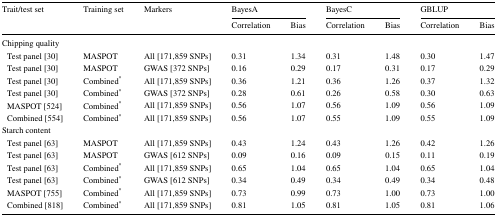
<table><thead><tr><td rowspan="2"><b>Trait/test set</b></td><td rowspan="2"><b>Training set</b></td><td rowspan="2"><b>Markers</b></td><td colspan="2"><b>BayesA</b></td><td colspan="2"><b>BayesC</b></td><td colspan="2"><b>GBLUP</b></td></tr><tr><td><b>Correlation</b></td><td><b>Bias</b></td><td><b>Correlation</b></td><td><b>Bias</b></td><td><b>Correlation</b></td><td><b>Bias</b></td></tr></thead><tbody><tr><td colspan="9">Chipping quality</td></tr><tr><td> Test panel [30]</td><td>MASPOT</td><td>All [171,859 SNPs]</td><td>0.31</td><td>1.34</td><td>0.31</td><td>1.48</td><td>0.30</td><td>1.47</td></tr><tr><td> Test panel [30]</td><td>MASPOT</td><td>GWAS [372 SNPs]</td><td>0.16</td><td>0.29</td><td>0.17</td><td>0.31</td><td>0.17</td><td>0.29</td></tr><tr><td> Test panel [30]</td><td>Combined<sup>*</sup></td><td>All [171,859 SNPs]</td><td>0.36</td><td>1.21</td><td>0.36</td><td>1.26</td><td>0.37</td><td>1.32</td></tr><tr><td> Test panel [30]</td><td>Combined<sup>*</sup></td><td>GWAS [372 SNPs]</td><td>0.28</td><td>0.61</td><td>0.26</td><td>0.58</td><td>0.30</td><td>0.63</td></tr><tr><td> MASPOT [524]</td><td>Combined<sup>*</sup></td><td>All [171,859 SNPs]</td><td>0.56</td><td>1.07</td><td>0.56</td><td>1.09</td><td>0.56</td><td>1.09</td></tr><tr><td> Combined [554]</td><td>Combined<sup>*</sup></td><td>All [171,859 SNPs]</td><td>0.56</td><td>1.07</td><td>0.55</td><td>1.09</td><td>0.55</td><td>1.09</td></tr><tr><td colspan="9">Starch content</td></tr><tr><td> Test panel [63]</td><td>MASPOT</td><td>All [171,859 SNPs]</td><td>0.43</td><td>1.24</td><td>0.43</td><td>1.26</td><td>0.42</td><td>1.26</td></tr><tr><td> Test panel [63]</td><td>MASPOT</td><td>GWAS [612 SNPs]</td><td>0.09</td><td>0.16</td><td>0.09</td><td>0.15</td><td>0.11</td><td>0.19</td></tr><tr><td> Test panel [63]</td><td>Combined<sup>*</sup></td><td>All [171,859 SNPs]</td><td>0.65</td><td>1.04</td><td>0.65</td><td>1.04</td><td>0.65</td><td>1.04</td></tr><tr><td> Test panel [63]</td><td>Combined<sup>*</sup></td><td>GWAS [612 SNPs]</td><td>0.34</td><td>0.49</td><td>0.34</td><td>0.49</td><td>0.34</td><td>0.48</td></tr><tr><td> MASPOT [755]</td><td>Combined<sup>*</sup></td><td>All [171,859 SNPs]</td><td>0.73</td><td>0.99</td><td>0.73</td><td>1.00</td><td>0.73</td><td>1.00</td></tr><tr><td> Combined [818]</td><td>Combined<sup>*</sup></td><td>All [171,859 SNPs]</td><td>0.81</td><td>1.05</td><td>0.81</td><td>1.05</td><td>0.81</td><td>1.06</td></tr></tbody></table>